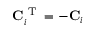
\mathbf { C } _ { i } ^ { \textrm { T } } = - \mathbf { C } _ { i }